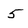
Character: 5